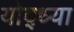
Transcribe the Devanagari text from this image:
योद्ध्या